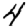
Digit: 4